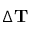
\Delta \mathbf { T }